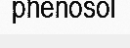
phenosol